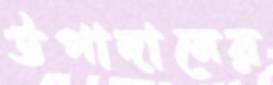
উপাদানের